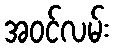
အဝင်လမ်း